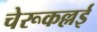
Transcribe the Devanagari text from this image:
चेरूकल्लई